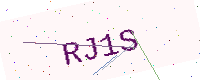
Text: RJ1S